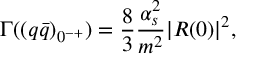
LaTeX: \Gamma ( ( q \bar { q } ) _ { 0 ^ { - + } } ) = \frac 8 3 \frac { \alpha _ { s } ^ { 2 } } { m ^ { 2 } } | R ( 0 ) | ^ { 2 } ,